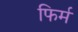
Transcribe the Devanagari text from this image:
फिर्म